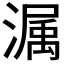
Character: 𭲫